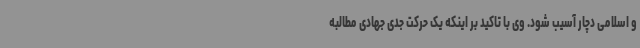
و اسلامی دچار آسیب شود. وی با تاکید بر اینکه یک حرکت جدی جهادی مطالبه